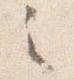
之